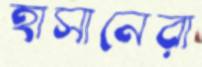
হাসানেরা